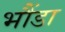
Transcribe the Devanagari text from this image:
भौंडा